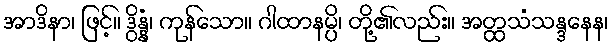
အာဒိနာ၊ ဖြင့်။ ဒွိန္နံ၊ ကုန်သော။ ဂါထာနမ္ပိ၊ တို့၏လည်း။ အတ္ထသံသန္ဒနေန၊